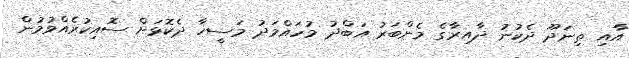
އާއި ތިނަދޫ ދެކުނު ދާއިރާގެ މެންބަރު އަބްދު މުހައްމަދު މަސީހާ ދެކޮޅަށް ސޮއިކުރެއްވުމުން